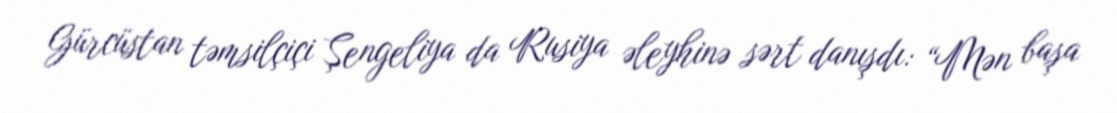
Gürcüstan təmsilçiçi Şengeliya da Rusiya əleyhinə sərt danışdı: “Mən başa